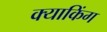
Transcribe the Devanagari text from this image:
क्याकिंग